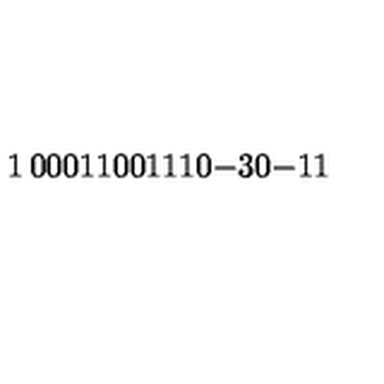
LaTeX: \begin{matrix} { 1 } & { 0 } & { 0 } & { 0 } \\ { 1 } & { 1 } & { 0 } & { 0 } \\ { 1 } & { 1 } & { 1 } & { 0 } \\ { - 3 } & { 0 } & { - 1 } & { 1 } \\ \end{matrix}